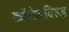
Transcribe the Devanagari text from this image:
कॉलेजविरुद्ध